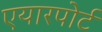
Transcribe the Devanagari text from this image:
एयारपोर्ट